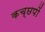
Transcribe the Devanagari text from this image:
कच्छपों